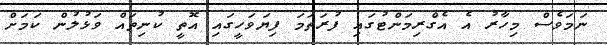
ނަމަވެސް މިހާރު އެ އެގްރިމަންޓުގައި ފުރަތަމަ ފިޔަވަހީގައި އޮތީ ކުނިތައް ވަޅުލުން ކަމަށް